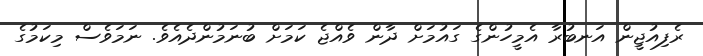
ރެފިއުޖީން އަނބުރާ އެމީހުންގެ ގައުމަށް ދާން ވެއްޖެ ކަމަށް ބުނަމުންދެއެވެ. ނަމަވެސް މިކަމުގެ